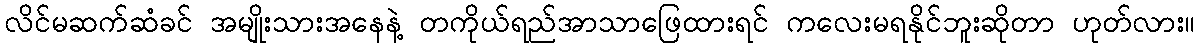
လိင်မဆက်ဆံခင် အမျိုးသားအနေနဲ့ တကိုယ်ရည်အာသာဖြေထားရင် ကလေးမရနိုင်ဘူးဆိုတာ ဟုတ်လား။